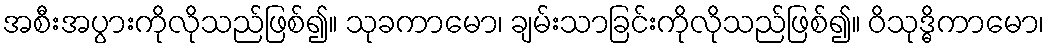
အစီးအပွားကိုလိုသည်ဖြစ်၍။ သုခကာမော၊ ချမ်းသာခြင်းကိုလိုသည်ဖြစ်၍။ ဝိသုဒ္ဓိကာမော၊